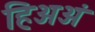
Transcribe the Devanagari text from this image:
हिअअं